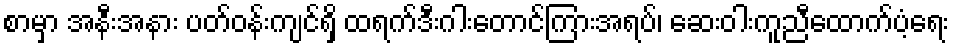
စာမှာ အနီးအနား ပတ်ဝန်းကျင်ရှိ ထရက်ဒီးဂါးတောင်ကြားအရပ်၊ ဆေးဝါးကူညီထောက်ပံ့ရေး